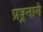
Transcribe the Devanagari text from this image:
प्रश्र्नाने